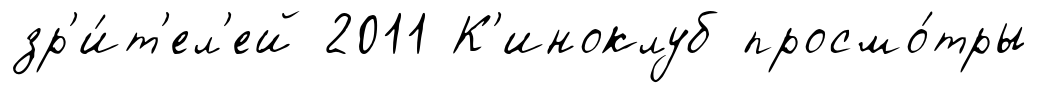
зр'и́т'ел'ей 2011 К'иноклуб просмо́тры